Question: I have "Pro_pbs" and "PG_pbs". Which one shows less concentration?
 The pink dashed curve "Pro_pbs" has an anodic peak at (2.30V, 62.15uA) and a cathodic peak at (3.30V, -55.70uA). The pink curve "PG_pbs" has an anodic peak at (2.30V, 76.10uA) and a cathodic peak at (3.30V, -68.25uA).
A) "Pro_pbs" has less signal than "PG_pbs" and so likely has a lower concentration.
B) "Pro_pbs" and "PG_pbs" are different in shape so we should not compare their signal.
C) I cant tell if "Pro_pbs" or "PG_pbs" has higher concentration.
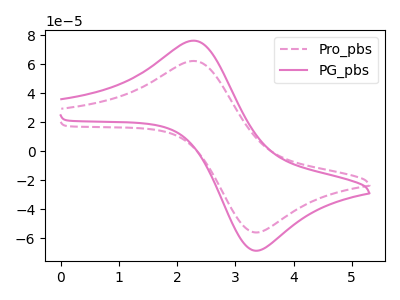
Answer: <think>All the peaks in "Pro_pbs" have a peak in "PG_pbs" at the same potential. Every peak in "Pro_pbs" is lower than every peak in "PG_pbs".
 </think>
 <answer>A) "Pro_pbs" has less signal than "PG_pbs" and so likely has a lower concentration.</answer>
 <eval>A</eval>